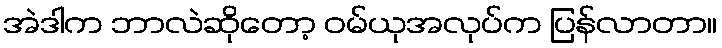
အဲဒါက ဘာလဲဆိုတော့ ဝမ်ယုအလုပ်က ပြန်လာတာ။